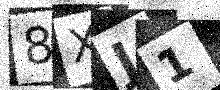
Text: 8XJ1